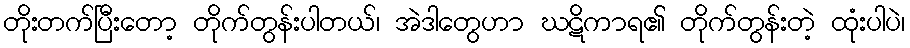
တိုးတက်ပြီးတော့ တိုက်တွန်းပါတယ်၊ အဲဒါတွေဟာ ဃဋိကာရ၏ တိုက်တွန်းတဲ့ ထုံးပါပဲ၊